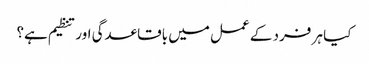
کیا ہر فرد کے عمل میں باقاعدگی اور تنظیم ہے؟